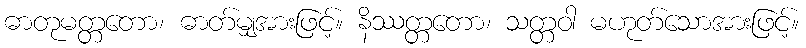
ဓာတုမတ္တတော၊ ဓာတ်မျှအားဖြင့်။ နိဿတ္တတော၊ သတ္တဝါ မဟုတ်သောအားဖြင့်။